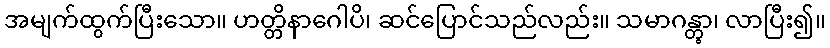
အမျက်ထွက်ပြီးသော။ ဟတ္တိနာဂေါပိ၊ ဆင်ပြောင်သည်လည်း။ သမာဂန္တွာ၊ လာပြီး၍။